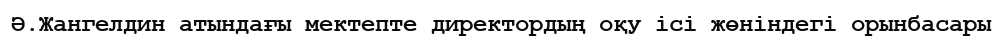
Ә.Жангелдин атындағы мектепте директордың оқу ісі жөніндегі орынбасары